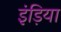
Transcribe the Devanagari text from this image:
इंड़िया